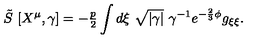
\tilde { S } \ [ X ^ { \mu } , \gamma ] = - { \textstyle \frac { p } { 2 } } \int d \xi \ \sqrt { | \gamma | } \ \gamma ^ { - 1 } e ^ { - \frac { 2 } { 3 } \phi } g _ { \xi \xi } .